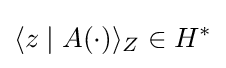
\langle z\mid A(\cdot )\rangle _{Z}\in H^{*}